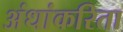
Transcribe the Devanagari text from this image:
अंधांकरिता